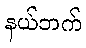
နယ်ဘက်